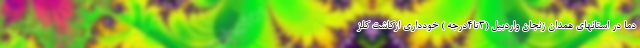
دما در استانهای همدان زنجان واردبیل (3تا4درجه ) خودداری ازکاشت کلز